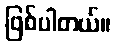
ဖြစ်ပါတယ်။